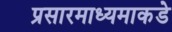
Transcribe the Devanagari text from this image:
प्रसारमाध्यमाकडे